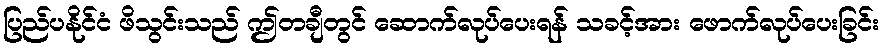
ပြည်ပနိုင်ငံ ဖိသွင်းသည် ဤတချီတွင် ဆောက်လုပ်ပေးရန် သခင့်အား ဖောက်လုပ်ပေးခြင်း